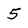
Character: 5